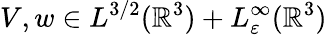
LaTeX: V,w\in L^{3/2}(\mathbb{R}^{3})+L_{\varepsilon}^{\infty}(\mathbb{R}^{3})